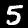
Label: 5